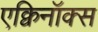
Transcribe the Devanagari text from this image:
एक्विनॉक्स